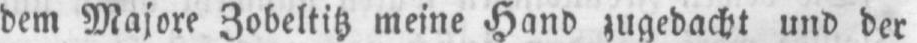
meine Hand zugedacht und der